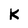
Character: K